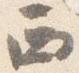
西